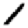
Digit: 1